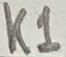
Text: K1